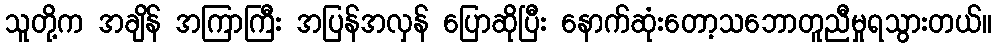
သူတို့က အချိန် အကြာကြီး အပြန်အလှန် ပြောဆိုပြီး နောက်ဆုံးတော့သဘောတူညီမှုရသွားတယ်။